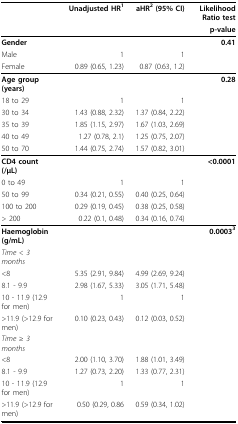
<table><thead><tr><td>[EMPTY_CELL]</td><td><b>Unadjusted HR<sup>1 </sup></b></td><td><b>aHR<sup>2 </sup>(95% CI)</b></td><td><b>Likelihood Ratio test</b></td></tr><tr><td>[EMPTY_CELL]</td><td>[EMPTY_CELL]</td><td>[EMPTY_CELL]</td><td><b>p-value</b></td></tr></thead><tbody><tr><td><b>Gender</b></td><td>[EMPTY_CELL]</td><td>[EMPTY_CELL]</td><td><b>0.41</b></td></tr><tr><td>Male</td><td>1</td><td>1</td><td>[EMPTY_CELL]</td></tr><tr><td>Female</td><td>0.89 (0.65, 1.23)</td><td>0.87 (0.63, 1.2)</td><td>[EMPTY_CELL]</td></tr><tr><td><b>Age group (years)</b></td><td>[EMPTY_CELL]</td><td>[EMPTY_CELL]</td><td><b>0.28</b></td></tr><tr><td>18 to 29</td><td>1</td><td>1</td><td>[EMPTY_CELL]</td></tr><tr><td>30 to 34</td><td>1.43 (0.88, 2.32)</td><td>1.37 (0.84, 2.22)</td><td>[EMPTY_CELL]</td></tr><tr><td>35 to 39</td><td>1.85 (1.15, 2.97)</td><td>1.67 (1.03, 2.69)</td><td>[EMPTY_CELL]</td></tr><tr><td>40 to 49</td><td>1.27 (0.78, 2.1)</td><td>1.25 (0.75, 2.07)</td><td>[EMPTY_CELL]</td></tr><tr><td>50 to 70</td><td>1.44 (0.75, 2.74)</td><td>1.57 (0.82, 3.01)</td><td>[EMPTY_CELL]</td></tr><tr><td><b>CD4 count (/μL)</b></td><td>[EMPTY_CELL]</td><td>[EMPTY_CELL]</td><td><b>&lt;0.0001</b></td></tr><tr><td>0 to 49</td><td>1</td><td>1</td><td>[EMPTY_CELL]</td></tr><tr><td>50 to 99</td><td>0.34 (0.21, 0.55)</td><td>0.40 (0.25, 0.64)</td><td>[EMPTY_CELL]</td></tr><tr><td>100 to 200</td><td>0.29 (0.19, 0.45)</td><td>0.38 (0.25, 0.58)</td><td>[EMPTY_CELL]</td></tr><tr><td>&gt; 200</td><td>0.22 (0.1, 0.48)</td><td>0.34 (0.16, 0.74)</td><td>[EMPTY_CELL]</td></tr><tr><td><b>Haemoglobin (g/mL)</b></td><td>[EMPTY_CELL]</td><td>[EMPTY_CELL]</td><td><b>0.0003<sup>3</sup></b></td></tr><tr><td><i>Time &lt; 3 months</i></td><td>[EMPTY_CELL]</td><td>[EMPTY_CELL]</td><td>[EMPTY_CELL]</td></tr><tr><td>&lt;8</td><td>5.35 (2.91, 9.84)</td><td>4.99 (2.69, 9.24)</td><td>[EMPTY_CELL]</td></tr><tr><td>8.1 - 9.9</td><td>2.98 (1.67, 5.33)</td><td>3.05 (1.71, 5.48)</td><td>[EMPTY_CELL]</td></tr><tr><td>10 - 11.9 (12.9 for men)</td><td>1</td><td>1</td><td>[EMPTY_CELL]</td></tr><tr><td>&gt;11.9 (&gt;12.9 for men)</td><td>0.10 (0.23, 0.43)</td><td>0.12 (0.03, 0.52)</td><td>[EMPTY_CELL]</td></tr><tr><td><i>Time </i>≥ <i>3 months</i></td><td>[EMPTY_CELL]</td><td>[EMPTY_CELL]</td><td>[EMPTY_CELL]</td></tr><tr><td>&lt;8</td><td>2.00 (1.10, 3.70)</td><td>1.88 (1.01, 3.49)</td><td>[EMPTY_CELL]</td></tr><tr><td>8.1 - 9.9</td><td>1.27 (0.73, 2.20)</td><td>1.33 (0.77, 2.31)</td><td>[EMPTY_CELL]</td></tr><tr><td>10 - 11.9 (12.9 for men)</td><td>1</td><td>1</td><td>[EMPTY_CELL]</td></tr><tr><td>&gt;11.9 (&gt;12.9 for men)</td><td>0.50 (0.29, 0.86</td><td>0.59 (0.34, 1.02)</td><td>[EMPTY_CELL]</td></tr></tbody></table>